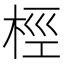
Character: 桱